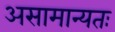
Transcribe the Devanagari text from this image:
असामान्यतः